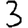
Digit: 3